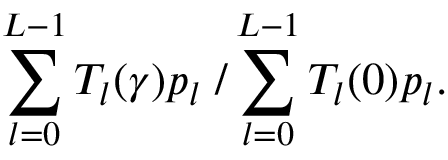
\sum _ { l = 0 } ^ { L - 1 } T _ { l } ( \gamma ) p _ { l } \; / \sum _ { l = 0 } ^ { L - 1 } T _ { l } ( 0 ) p _ { l } .